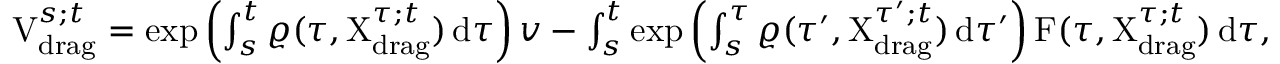
\begin{array} { r } { \mathrm { V } _ { \mathrm { d r a g } } ^ { s ; t } = \exp \left( \int _ { s } ^ { t } \varrho ( \tau , \mathrm { X } _ { \mathrm { d r a g } } ^ { \tau ; t } ) \, \mathrm { d } \tau \right) v - \int _ { s } ^ { t } \exp \left( \int _ { s } ^ { \tau } \varrho ( \tau ^ { \prime } , \mathrm { X } _ { \mathrm { d r a g } } ^ { \tau ^ { \prime } ; t } ) \, \mathrm { d } \tau ^ { \prime } \right) \mathrm { F } ( \tau , \mathrm { X } _ { \mathrm { d r a g } } ^ { \tau ; t } ) \, \mathrm { d } \tau , } \end{array}